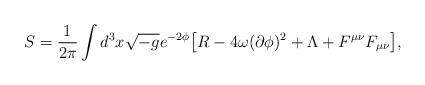
LaTeX: \begin{align*}S=\frac{1}{2\pi} \int d^3x \sqrt{-g} e^{-2\phi} {\bigl [} R - 4 \omega ( \partial \phi)^2 + \Lambda + F^{\mu \nu}F_{\mu \nu} {\bigr ]}, \end{align*}